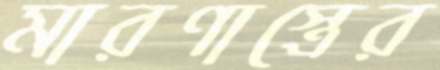
মারণাস্ত্রের